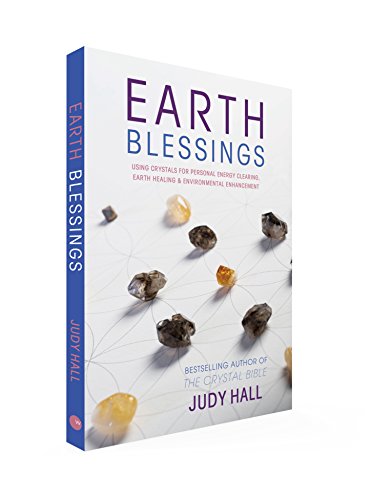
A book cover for Earth Blessings: Using Crystals For Personal Energy Clearing, Earth Healing & Environmental Enhancement; Judy Hall; Religion & Spirituality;